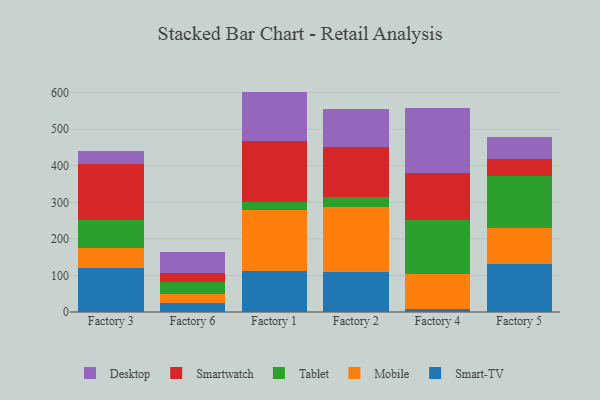
{"axis": {"x": "Factory", "y": "Website Visitors"}, "legend": ["Desktop", "Mobile", "Smart-TV", "Smartwatch", "Tablet"], "data": [{"x": "Factory 3", "y": 120.6, "type": "Smart-TV"}, {"x": "Factory 3", "y": 53.7, "type": "Mobile"}, {"x": "Factory 3", "y": 76.9, "type": "Tablet"}, {"x": "Factory 3", "y": 154.0, "type": "Smartwatch"}, {"x": "Factory 3", "y": 34.4, "type": "Desktop"}, {"x": "Factory 6", "y": 23.9, "type": "Smart-TV"}, {"x": "Factory 6", "y": 26.0, "type": "Mobile"}, {"x": "Factory 6", "y": 33.2, "type": "Tablet"}, {"x": "Factory 6", "y": 24.1, "type": "Smartwatch"}, {"x": "Factory 6", "y": 56.2, "type": "Desktop"}, {"x": "Factory 1", "y": 111.2, "type": "Smart-TV"}, {"x": "Factory 1", "y": 168.3, "type": "Mobile"}, {"x": "Factory 1", "y": 22.0, "type": "Tablet"}, {"x": "Factory 1", "y": 165.1, "type": "Smartwatch"}, {"x": "Factory 1", "y": 136.2, "type": "Desktop"}, {"x": "Factory 2", "y": 110.4, "type": "Smart-TV"}, {"x": "Factory 2", "y": 175.7, "type": "Mobile"}, {"x": "Factory 2", "y": 28.1, "type": "Tablet"}, {"x": "Factory 2", "y": 138.1, "type": "Smartwatch"}, {"x": "Factory 2", "y": 102.4, "type": "Desktop"}, {"x": "Factory 4", "y": 9.4, "type": "Smart-TV"}, {"x": "Factory 4", "y": 93.8, "type": "Mobile"}, {"x": "Factory 4", "y": 148.1, "type": "Tablet"}, {"x": "Factory 4", "y": 128.7, "type": "Smartwatch"}, {"x": "Factory 4", "y": 178.1, "type": "Desktop"}, {"x": "Factory 5", "y": 131.8, "type": "Smart-TV"}, {"x": "Factory 5", "y": 98.9, "type": "Mobile"}, {"x": "Factory 5", "y": 142.1, "type": "Tablet"}, {"x": "Factory 5", "y": 45.7, "type": "Smartwatch"}, {"x": "Factory 5", "y": 59.5, "type": "Desktop"}]}